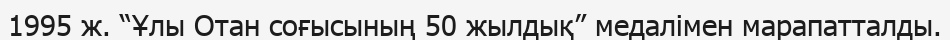
1995 ж. “Ұлы Отан соғысының 50 жылдық” медалімен марапатталды.